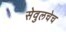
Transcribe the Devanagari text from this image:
सेवुलचेच